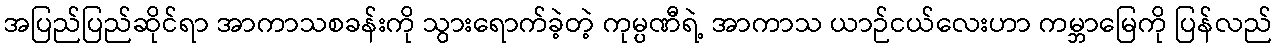
အပြည်ပြည်ဆိုင်ရာ အာကာသစခန်းကို သွားရောက်ခဲ့တဲ့ ကုမ္ပဏီရဲ့ အာကာသ ယာဉ်ငယ်လေးဟာ ကမ္ဘာမြေကို ပြန်လည်